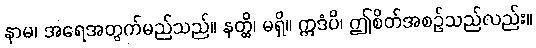
နာမ၊ အရေအတွက်မည်သည်။ နတ္ထိ၊ မရှိ။ ဣဒံပိ၊ ဤစိတ်အစဉ်သည်လည်း။